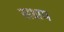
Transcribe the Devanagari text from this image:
सक्षय